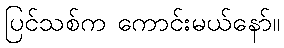
ပြင်သစ်က ကောင်းမယ်နော်။